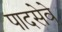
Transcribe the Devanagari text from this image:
पादसेवे